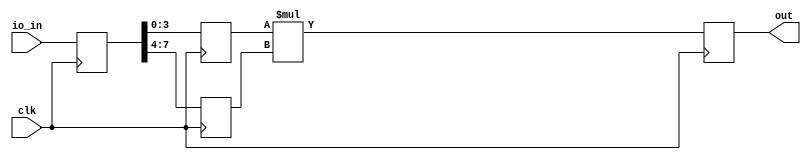
module user_module(
  input wire clk,
  input wire [7:0] io_in,
  output wire [7:0] out
);
  // lint_off MULTIPLY
  function automatic [7:0] umul8b_4b_x_4b (input reg [3:0] lhs, input reg [3:0] rhs);
    begin
      umul8b_4b_x_4b = lhs * rhs;
    end
  endfunction
  // lint_on MULTIPLY
  
  // ===== Pipe stage 0:

  // Registers for pipe stage 0:
  reg [7:0] p0_io_in;
  always @ (posedge clk) begin
    p0_io_in <= io_in;
  end

  // ===== Pipe stage 1:
  wire [3:0] p1_bit_slice_34_comb;
  wire [3:0] p1_bit_slice_35_comb;
  assign p1_bit_slice_34_comb = p0_io_in[3:0];
  assign p1_bit_slice_35_comb = p0_io_in[7:4];

  // Registers for pipe stage 1:
  reg [3:0] p1_bit_slice_34;
  reg [3:0] p1_bit_slice_35;
  always @ (posedge clk) begin
    p1_bit_slice_34 <= p1_bit_slice_34_comb;
    p1_bit_slice_35 <= p1_bit_slice_35_comb;
  end

  // ===== Pipe stage 2:
  wire [7:0] p2_n_comb;
  assign p2_n_comb = umul8b_4b_x_4b(p1_bit_slice_34, p1_bit_slice_35);

  // Registers for pipe stage 2:
  reg [7:0] p2_n;
  always @ (posedge clk) begin
    p2_n <= p2_n_comb;
  end
  assign out = p2_n;
endmodule